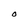
Character: O